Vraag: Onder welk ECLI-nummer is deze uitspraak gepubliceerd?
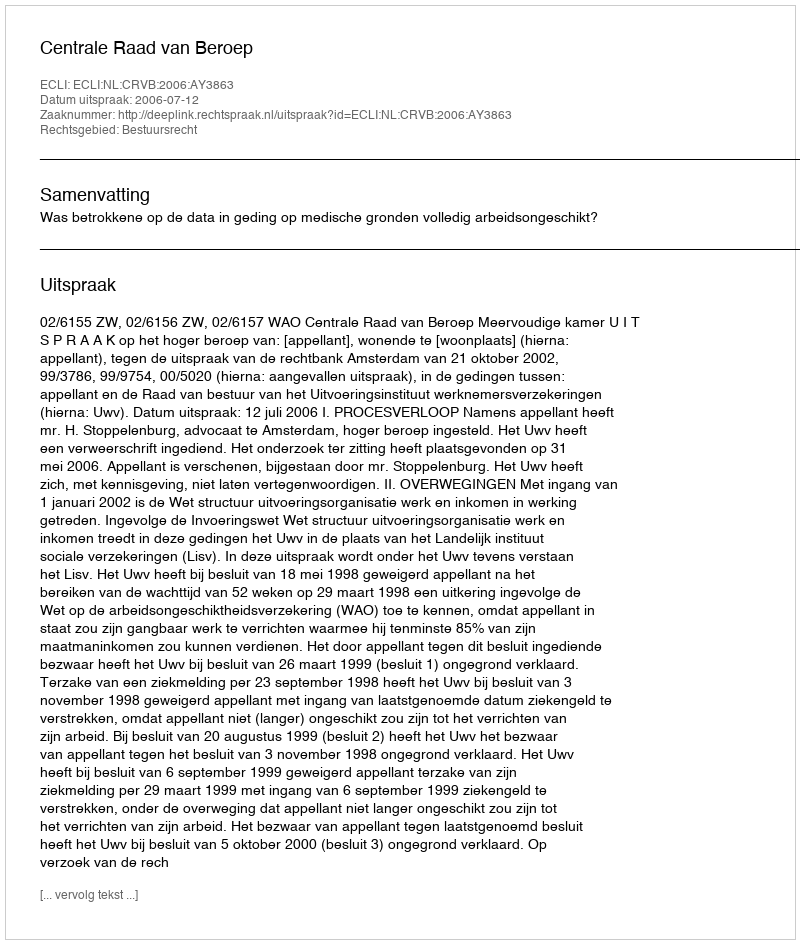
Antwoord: ECLI:NL:CRVB:2006:AY3863